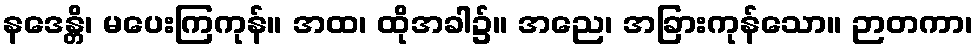
နဒေန္တိ၊ မပေးကြကုန်။ အထ၊ ထိုအခါ၌။ အညေ၊ အခြားကုန်သော။ ဉာတကာ၊